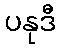
ပနုဒီ